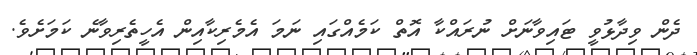
ދެން ވިދާޅުވީ ޓައިވާނަށް ނުރައްކާ އޮތް ކަމެއްގައި ނަމަ އެމެރިކާއިން އެހީތެރިވާނެ ކަމަށެވެ.